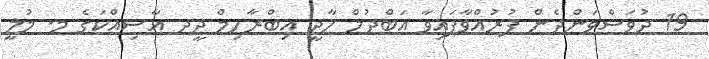
19 ދުވަސްވަންދެން ފުރުއްވާފައިވާ އަބްދުލް ހާދީ އިބްރާހިމް ދީދ އާސިއްކަގެ މ. މުލީ